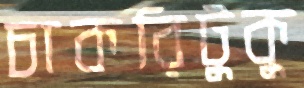
চাকরিটুকু